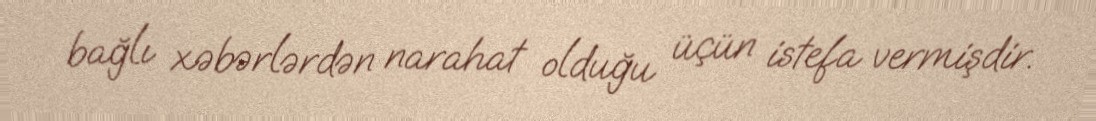
bağlı xəbərlərdən narahat olduğu üçün istefa vermişdir.